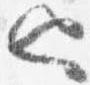
也